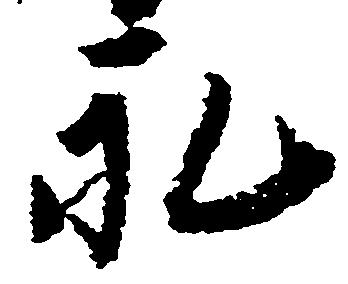
永